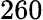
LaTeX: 260